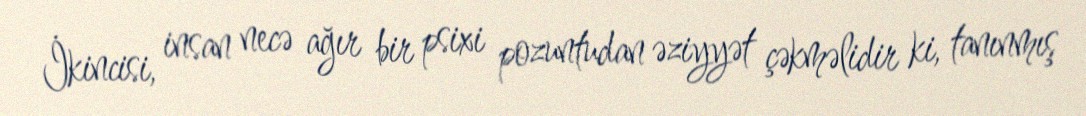
İkincisi, insan necə ağır bir psixi pozuntudan əziyyət çəkməlidir ki, tanınmış